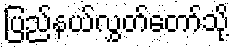
ပြည်နယ်လွှတ်တော်သို့